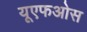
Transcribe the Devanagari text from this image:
यूएफओस